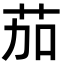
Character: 茄